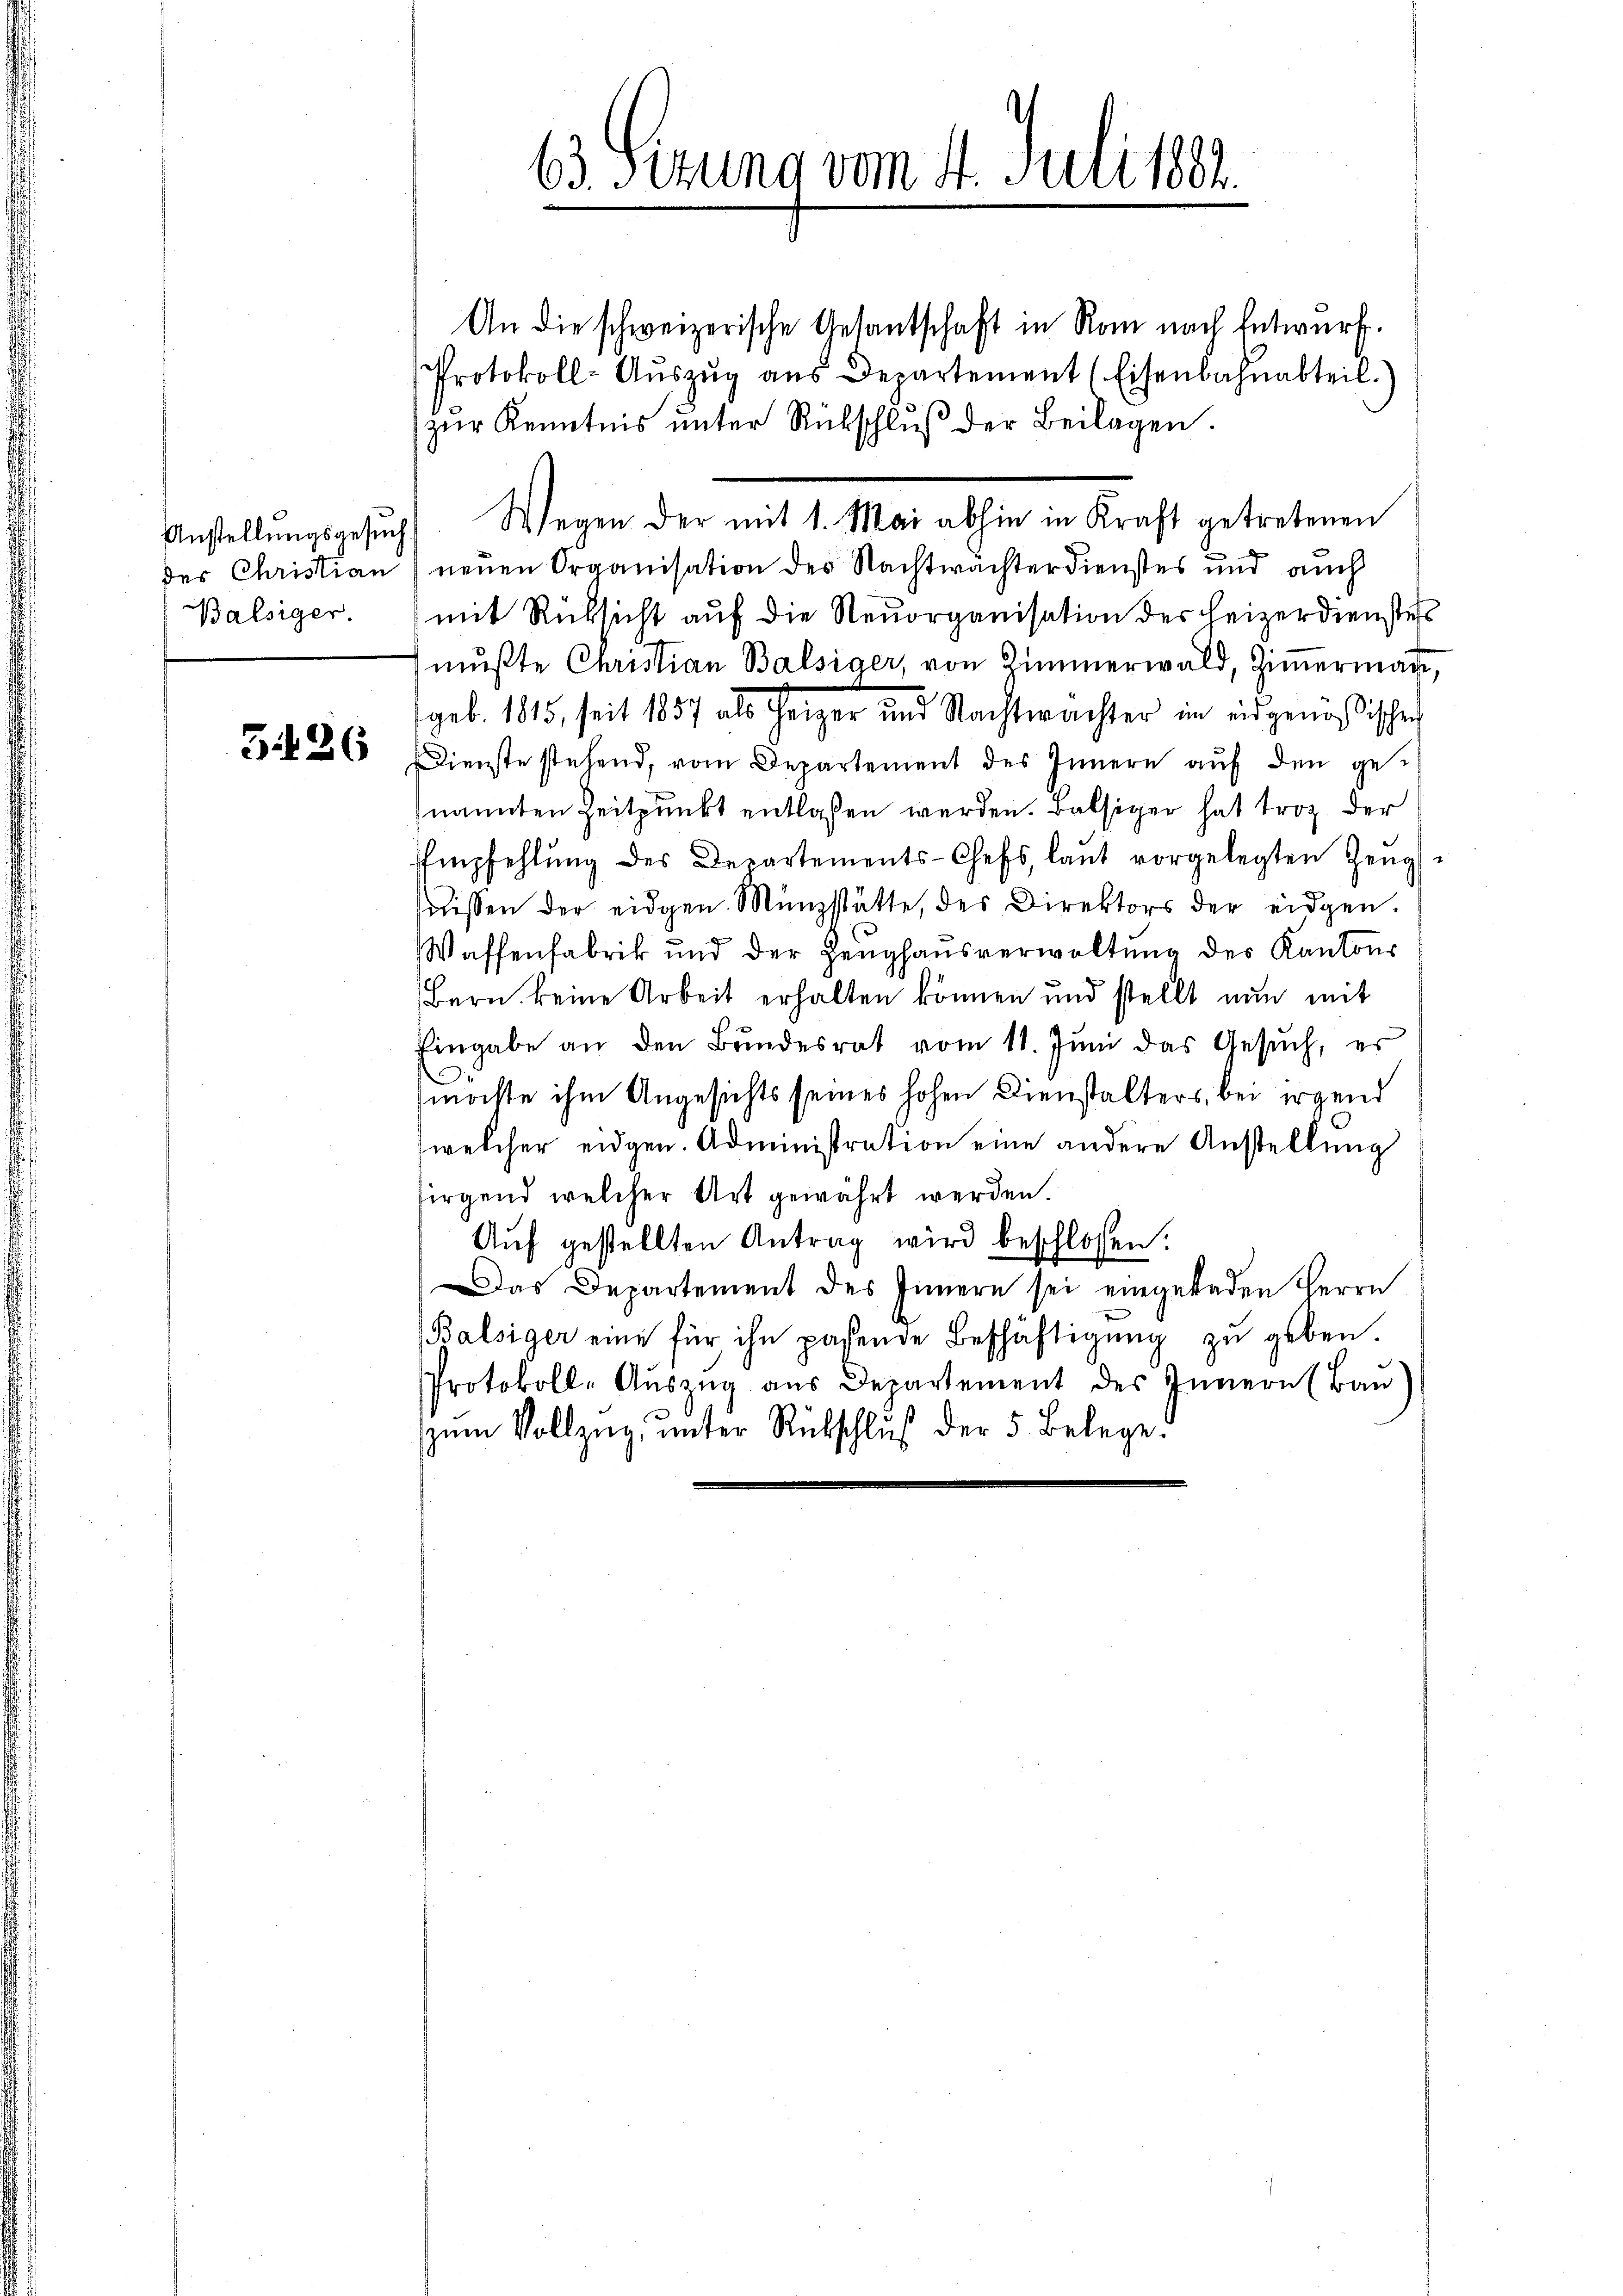
Balsiger.

3.126

63. Sizung vom 14. Juli 1882.

An die schweizerische Gesantschaft in Rom nach Entwurf.
Protokoll-Aŭszŭg aŭs Departement (Eisenbahnabteil)
zur Kenntnis unter Rückschluß der Beilagen.
Anstellŭngsgesŭch. Wegen der mit 1. Mai abhin in Kraft getretenen
der Christian neuen Organisation des Nachtwächterdienstes und auch
mit Rücksicht auf die Neuorganisation des Heizerdienstes
mußte Christian Balsiger, von Zimmerwald, Ziṁermag,
geb. 1815, seit 1857 als Heizer und Nachtwächter im eidgenössischen
Dienste stehend, vom Departement des Innern auf den gei
nannten Zeitpunkt entlassen werden. Balsiger hat troz der
EEmpfehlŭng des Departements-Chefs, laŭt vorgelegten Zeŭgs-
issen der eidgen. Münzstätte, der Direktors der eidgen.
Waffenfabrik und der Zeughausverwaltung des Kantons
Bern keine Arbeit erhalten können und stellt nun mit
Eingabe an den Bŭndesrat vom 11. Jŭni das Gesŭch, er
.
möchte ihm Angesichts seines hohen Dienstalters, bei irgend
welcher eidgen. Administration eine andere Anstellung
sirgend welcher Art gewährt werden.
Auf gestellten Antrag wird beschlossen:
Das Departement des Innern sei eingeladen Herrn
Balsiger eine für ihn passende Beschäftigung zu geben.
Protokoll-Auszug aus Departement des Innern (Bau
zŭm Vollzŭg ŭnter Rückschluß der 5 Belege-